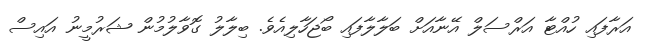
އަރާފައި ހުއްޓާ އަރްސަލް އޭނާއަށް ބަލާލާފައި ބޯޖަހާލިއެވެ. ބިލާލު ގޮވާލުމުން ޝަރުމީނު އައިސް